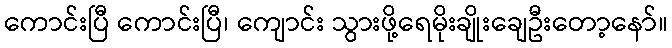
ကောင်းပြီ ကောင်းပြီ၊ ကျောင်း သွားဖို့ရေမိုးချိုးချေဦးတော့နော်။